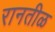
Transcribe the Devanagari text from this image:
रानतीळ